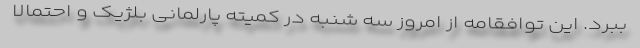
ببرد. این توافقامه از امروز سه شنبه در کمیته پارلمانی بلژیک و احتمالا